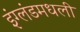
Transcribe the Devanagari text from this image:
इंग्लंडमधली